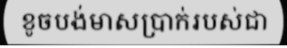
ខូចបង់មាសប្រាក់របស់ជា